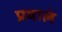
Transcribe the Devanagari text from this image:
प्रवालं